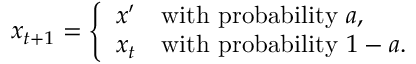
x _ { t + 1 } = { \left\{ \begin{array} { l l } { x ^ { \prime } } & { { \mathrm { w i t h ~ p r o b a b i l i t y ~ } } a , } \\ { x _ { t } } & { { \mathrm { w i t h ~ p r o b a b i l i t y ~ } } 1 - a . } \end{array} \right. }